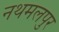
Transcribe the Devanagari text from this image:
नथमलपुर